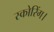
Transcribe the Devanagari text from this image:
स्कोरिंग।